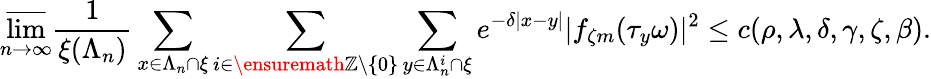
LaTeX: \varlimsup_{n\rightarrow\infty}\frac{1}{\xi(\Lambda_{n})}\sum_{x\in\Lambda_{n}\cap\xi}\sum_{i\in{\ensuremath{\mathbb Z}}\setminus\{ 0\} }\sum_{y\in\Lambda_{n}^{i}\cap\xi}e^{-\delta|x-y|}|f_{\zeta m}(\tau_{y}\omega)|^{2}\leq c(\rho,\lambda,\delta,\gamma,\zeta,\beta).